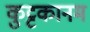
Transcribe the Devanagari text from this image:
कुट्टकानम